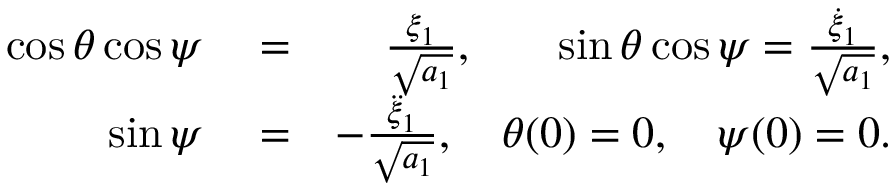
\begin{array} { r l r } { \cos { \theta } \cos { \psi } } & { { } = } & { \frac { \xi _ { 1 } } { \sqrt { a _ { 1 } } } , \quad \; \; \; \sin { \theta } \cos { \psi } = \frac { \dot { \xi } _ { 1 } } { \sqrt { a _ { 1 } } } , } \\ { \sin { \psi } } & { { } = } & { - \frac { \ddot { \xi } _ { 1 } } { \sqrt { a _ { 1 } } } , \quad \theta ( 0 ) = 0 , \quad \psi ( 0 ) = 0 . } \end{array}